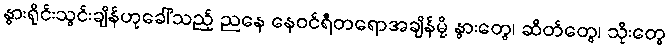
နွားရိုင်းသွင်းချိန်ဟုခေါ်သည့် ညနေ နေဝင်ရီတရောအချိန်မို့ နွားတွေ၊ ဆိတ်တွေ၊ သိုးတွေ